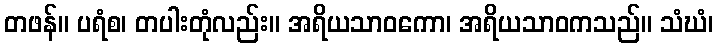
တဖန်။ ပရံစ၊ တပါးတုံလည်း။ အရိယသာဝကော၊ အရိယသာဝကသည်။ သံဃံ၊